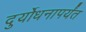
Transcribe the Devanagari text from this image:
दुर्योधनापर्यंत